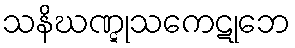
သနိဃဏ္ဋုသကေဋုဘေ